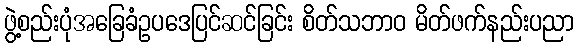
ဖွဲ့စည်းပုံအခြေခံဥပဒေပြင်ဆင်ခြင်း စိတ်သဘာဝ မိတ်ဖက်နည်းပညာ